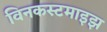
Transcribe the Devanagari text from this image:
विनकस्टमाइझ